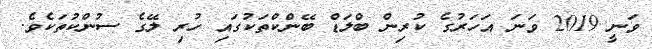
ވަނީ 2019 ވަނަ އަހަރުގެ ކުރިން ބްލަޑް ބޭންކްތަކުގައި ހުރި ލޭގެ ސުންކުތަކެވެ.